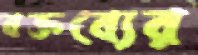
বক্তব্যের